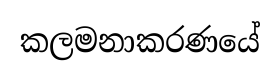
කලමනාකරණයේ